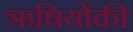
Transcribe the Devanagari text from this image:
ऋषियोंकी